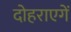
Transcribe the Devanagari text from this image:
दोहराएगें